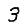
Digit: 3